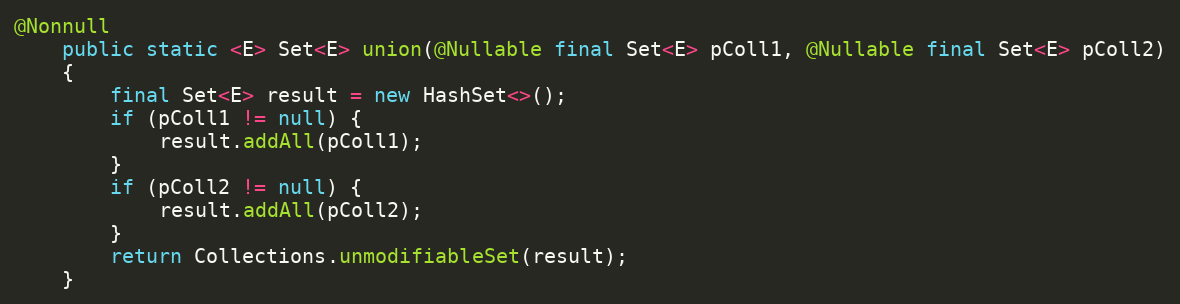
Language: Java
@Nonnull
    public static <E> Set<E> union(@Nullable final Set<E> pColl1, @Nullable final Set<E> pColl2)
    {
        final Set<E> result = new HashSet<>();
        if (pColl1 != null) {
            result.addAll(pColl1);
        }
        if (pColl2 != null) {
            result.addAll(pColl2);
        }
        return Collections.unmodifiableSet(result);
    }